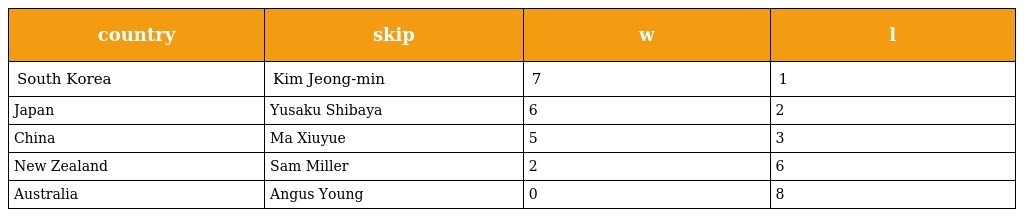
| country | skip | w | l |
 | --- | --- | --- | --- |
 | South Korea | Kim Jeong-min | 7 | 1 |
 | Japan | Yusaku Shibaya | 6 | 2 |
 | China | Ma Xiuyue | 5 | 3 |
 | New Zealand | Sam Miller | 2 | 6 |
 | Australia | Angus Young | 0 | 8 |